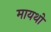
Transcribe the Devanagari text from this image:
मायथों